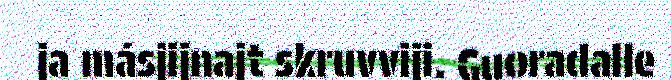
ja másjijnajt skruvviji. Guoradalle